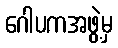
ဂေါပကအဖွဲ့မှ